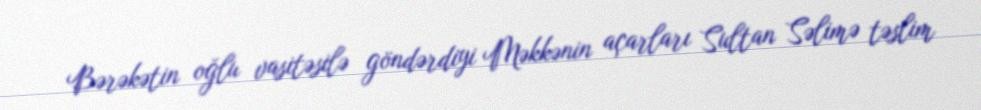
Bərəkətin oğlu vasitəsilə göndərdiyi Məkkənin açarları Sultan Səlimə təslim